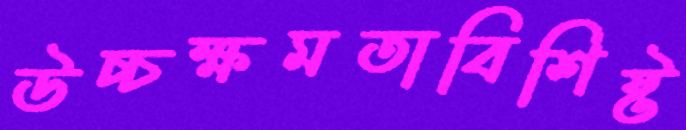
উচ্চক্ষমতাবিশিষ্ট